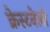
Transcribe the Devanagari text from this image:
क्रेस्टनेलो